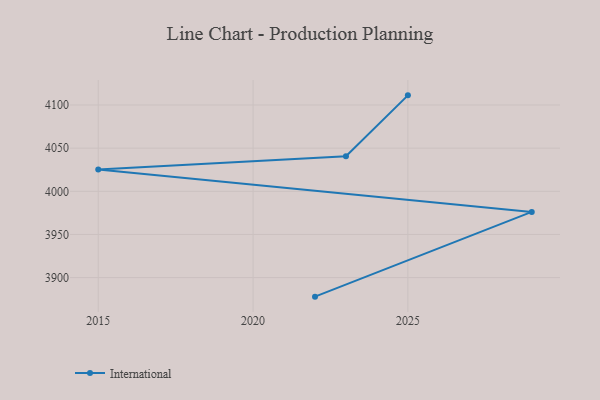
{"axis": {"x": "Year", "y": "Headcount"}, "legend": ["International"], "data": [{"x": "2022", "y": 3877.9, "type": "International"}, {"x": "2029", "y": 3976.1, "type": "International"}, {"x": "2015", "y": 4025.2, "type": "International"}, {"x": "2023", "y": 4040.7, "type": "International"}, {"x": "2025", "y": 4111.2, "type": "International"}]}